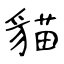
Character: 貓